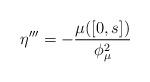
LaTeX: \begin{align*}\eta'''=-\frac{\mu([0,s])}{\phi_{\mu}^{2}}\end{align*}